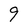
Character: 9